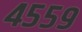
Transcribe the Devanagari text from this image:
४५५९